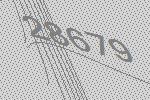
28679